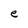
Character: e